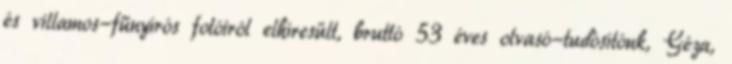
és villamos-fűnyírós fotóiról elhíresült, bruttó 53 éves olvasó-tudósítónk, Géza,